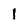
Character: I